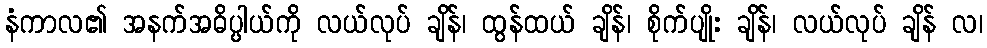
နံကာလ၏ အနက်အဓိပ္ပါယ်ကို လယ်လုပ် ချိန်၊ ထွန်ထယ် ချိန်၊ စိုက်ပျိုး ချိန်၊ လယ်လုပ် ချိန် လ၊